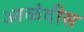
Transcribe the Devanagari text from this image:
आळंदीस